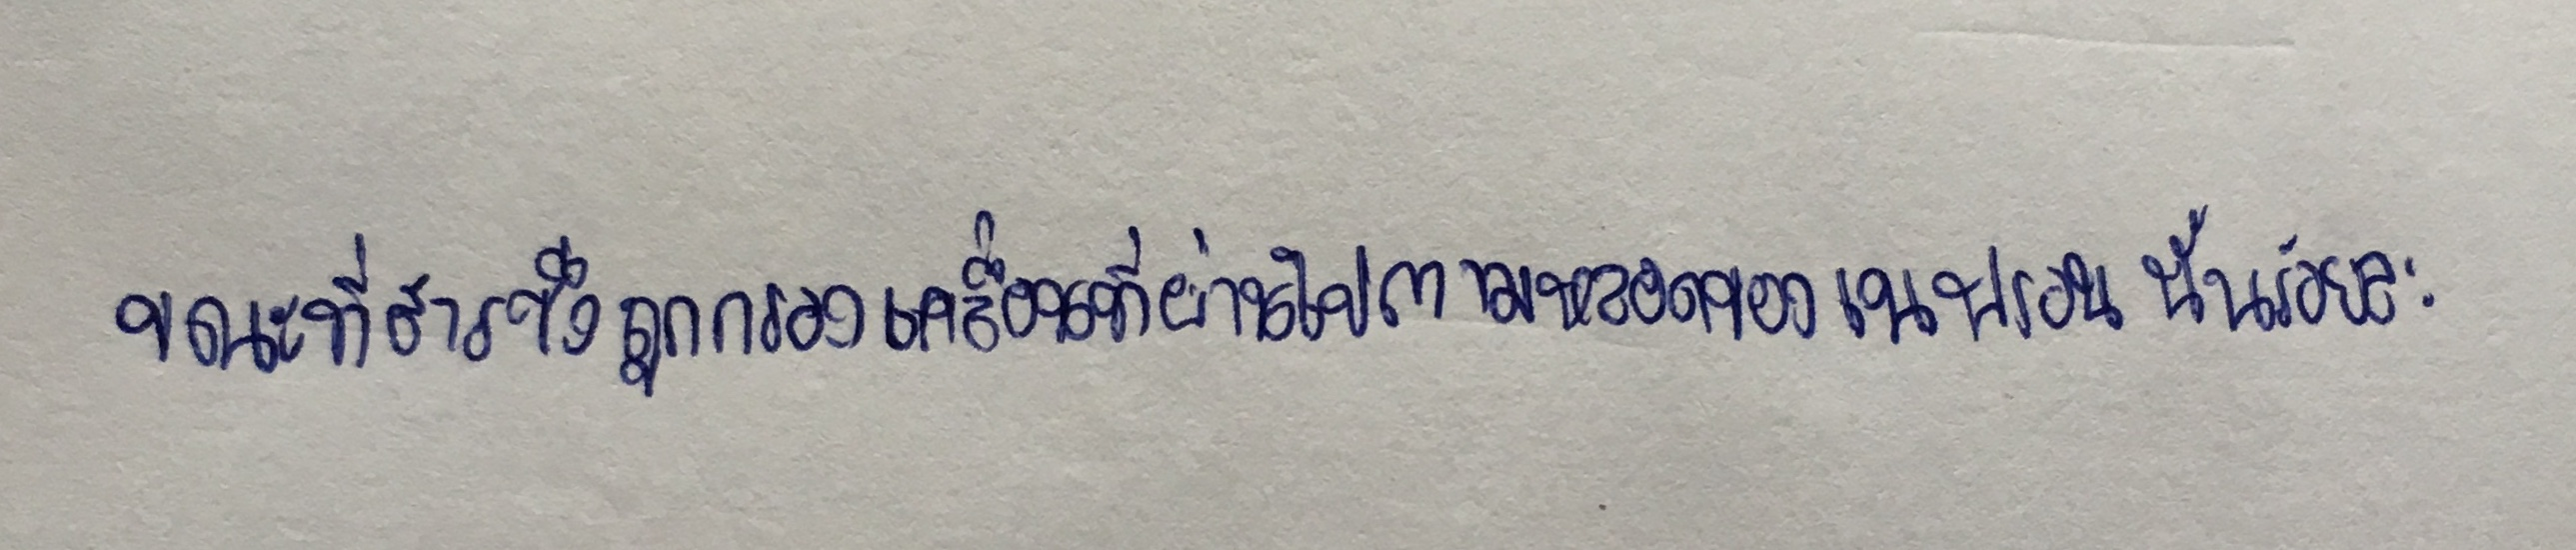
ขณะที่สารซึ่งถูกกรองเคลื่อนที่ผ่านไปตามหลอดของเนฟรอนนั้นร้อยละ